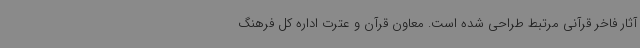
آثار فاخر قرآنی مرتبط طراحی شده است. معاون قرآن و عترت اداره کل فرهنگ